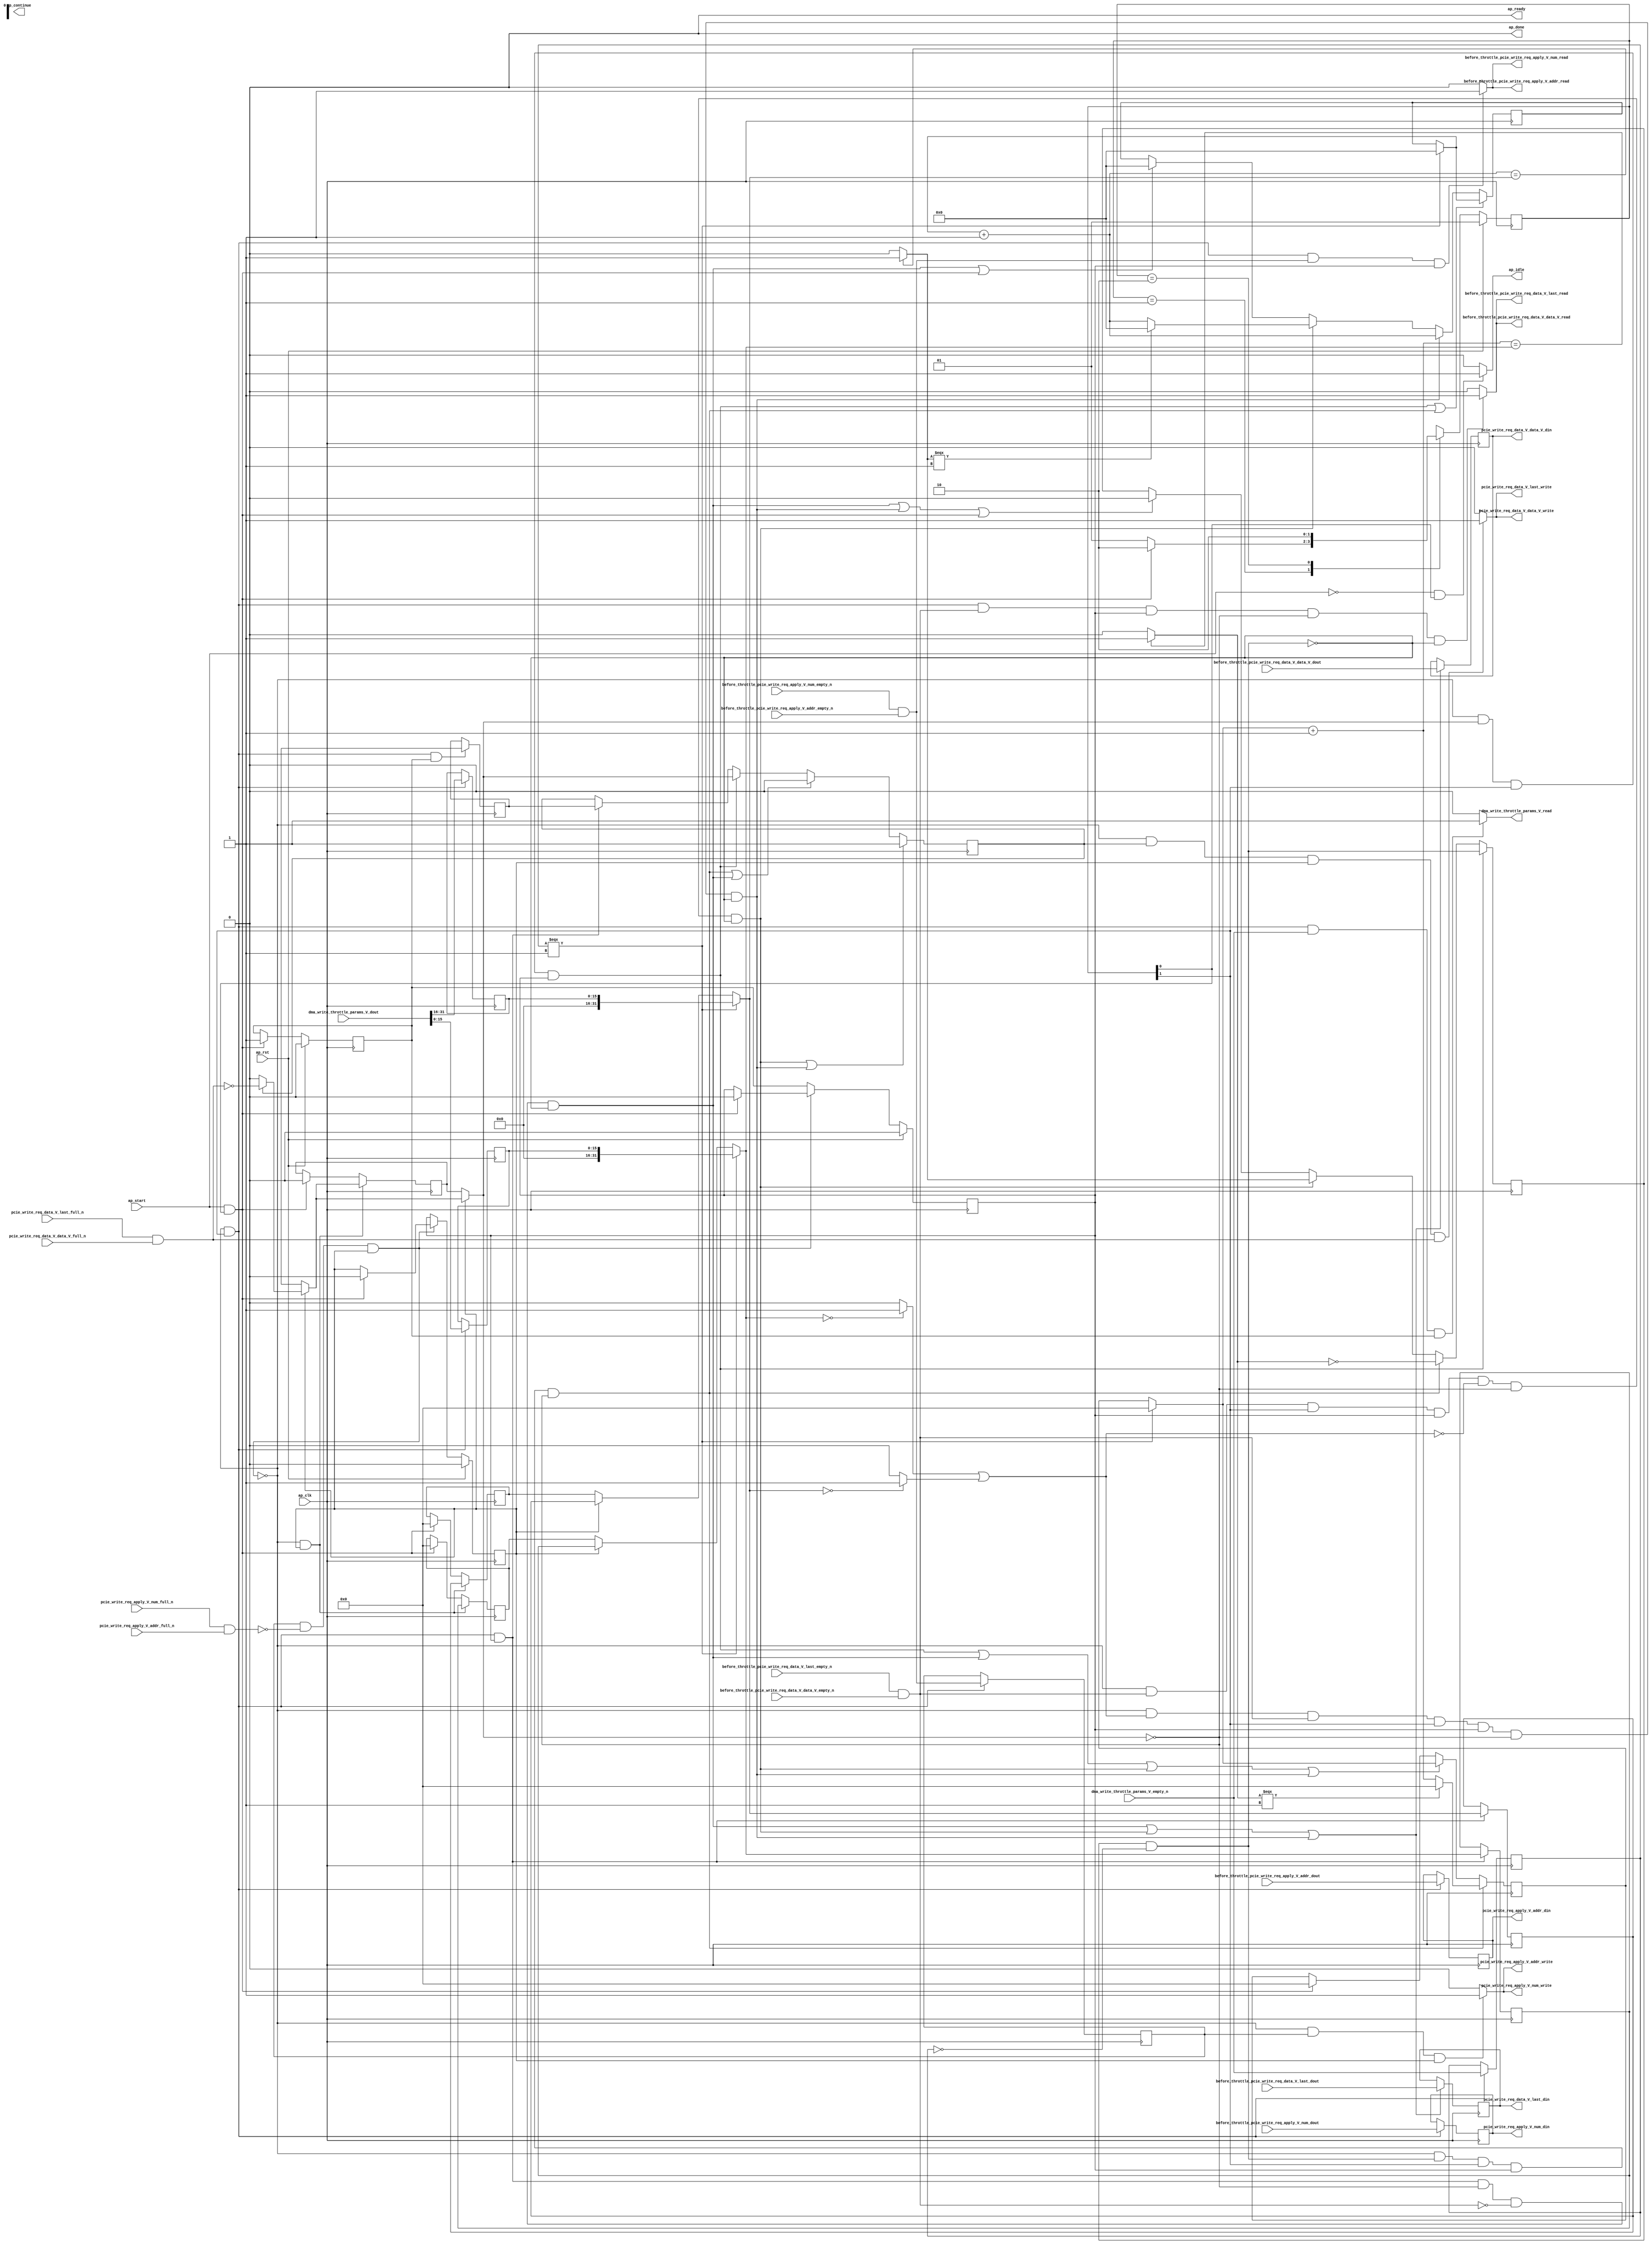
// This program was cloned from: https://github.com/zainryan/INSIDER-System
// License: MIT License

// ==============================================================
// RTL generated by Vivado(TM) HLS - High-Level Synthesis from C, C++ and SystemC
// Version: 2017.4.op
// Copyright (C) 1986-2018 Xilinx, Inc. All Rights Reserved.
// 
// ===========================================================

`timescale 1 ns / 1 ps 

(* CORE_GENERATION_INFO="pcie_write_throttle_unit,hls_ip_2017_4_op,{HLS_INPUT_TYPE=cxx,HLS_INPUT_FLOAT=0,HLS_INPUT_FIXED=0,HLS_INPUT_PART=xcvu9p-flgb2104-2-i,HLS_INPUT_CLOCK=4.000000,HLS_INPUT_ARCH=others,HLS_SYN_CLOCK=3.196250,HLS_SYN_LAT=-1,HLS_SYN_TPT=none,HLS_SYN_MEM=0,HLS_SYN_DSP=0,HLS_SYN_FF=813,HLS_SYN_LUT=635}" *)

module pcie_write_throttle_unit (
        ap_clk,
        ap_rst,
        ap_start,
        ap_done,
ap_continue,
        ap_idle,
        ap_ready,
        dma_write_throttle_params_V_dout,
        dma_write_throttle_params_V_empty_n,
        dma_write_throttle_params_V_read,
        before_throttle_pcie_write_req_data_V_last_dout,
        before_throttle_pcie_write_req_data_V_last_empty_n,
        before_throttle_pcie_write_req_data_V_last_read,
        before_throttle_pcie_write_req_data_V_data_V_dout,
        before_throttle_pcie_write_req_data_V_data_V_empty_n,
        before_throttle_pcie_write_req_data_V_data_V_read,
        before_throttle_pcie_write_req_apply_V_num_dout,
        before_throttle_pcie_write_req_apply_V_num_empty_n,
        before_throttle_pcie_write_req_apply_V_num_read,
        before_throttle_pcie_write_req_apply_V_addr_dout,
        before_throttle_pcie_write_req_apply_V_addr_empty_n,
        before_throttle_pcie_write_req_apply_V_addr_read,
        pcie_write_req_data_V_last_din,
        pcie_write_req_data_V_last_full_n,
        pcie_write_req_data_V_last_write,
        pcie_write_req_data_V_data_V_din,
        pcie_write_req_data_V_data_V_full_n,
        pcie_write_req_data_V_data_V_write,
        pcie_write_req_apply_V_num_din,
        pcie_write_req_apply_V_num_full_n,
        pcie_write_req_apply_V_num_write,
        pcie_write_req_apply_V_addr_din,
        pcie_write_req_apply_V_addr_full_n,
        pcie_write_req_apply_V_addr_write
);

parameter    ap_ST_fsm_state1 = 2'd1;
parameter    ap_ST_fsm_pp0_stage0 = 2'd2;

input   ap_clk;
input   ap_rst;
input   ap_start;
output   ap_done;
output   ap_idle;
output ap_ready; output ap_continue;
input  [31:0] dma_write_throttle_params_V_dout;
input   dma_write_throttle_params_V_empty_n;
output   dma_write_throttle_params_V_read;
input   before_throttle_pcie_write_req_data_V_last_dout;
input   before_throttle_pcie_write_req_data_V_last_empty_n;
output   before_throttle_pcie_write_req_data_V_last_read;
input  [511:0] before_throttle_pcie_write_req_data_V_data_V_dout;
input   before_throttle_pcie_write_req_data_V_data_V_empty_n;
output   before_throttle_pcie_write_req_data_V_data_V_read;
input  [7:0] before_throttle_pcie_write_req_apply_V_num_dout;
input   before_throttle_pcie_write_req_apply_V_num_empty_n;
output   before_throttle_pcie_write_req_apply_V_num_read;
input  [63:0] before_throttle_pcie_write_req_apply_V_addr_dout;
input   before_throttle_pcie_write_req_apply_V_addr_empty_n;
output   before_throttle_pcie_write_req_apply_V_addr_read;
output   pcie_write_req_data_V_last_din;
input   pcie_write_req_data_V_last_full_n;
output   pcie_write_req_data_V_last_write;
output  [511:0] pcie_write_req_data_V_data_V_din;
input   pcie_write_req_data_V_data_V_full_n;
output   pcie_write_req_data_V_data_V_write;
output  [7:0] pcie_write_req_apply_V_num_din;
input   pcie_write_req_apply_V_num_full_n;
output   pcie_write_req_apply_V_num_write;
output  [63:0] pcie_write_req_apply_V_addr_din;
input   pcie_write_req_apply_V_addr_full_n;
output   pcie_write_req_apply_V_addr_write;

reg ap_idle;
reg dma_write_throttle_params_V_read;

(* fsm_encoding = "none" *) reg   [1:0] ap_CS_fsm;
wire    ap_CS_fsm_state1;
reg    pcie_write_req_apply_V_num_blk_n;
reg    ap_enable_reg_pp0_iter2;
wire    ap_block_pp0_stage0;
reg   [0:0] empty_n_3_reg_627;
reg    pcie_write_req_apply_V_addr_blk_n;
reg   [31:0] throttle_threshold_reg_240;
reg   [31:0] throttle_cnt_reg_251;
reg   [0:0] valid_write_req_data_reg_262;
reg   [0:0] empty_n_reg_594;
wire    ap_CS_fsm_pp0_stage0;
wire    ap_block_state2_pp0_stage0_iter0;
wire    ap_block_state3_pp0_stage0_iter1;
wire    pcie_write_req_apply_V_num1_status;
reg    ap_block_state4_pp0_stage0_iter2;
reg    ap_block_pp0_stage0_11001;
wire   [15:0] throttle_cnt_2_fu_347_p1;
reg   [15:0] throttle_cnt_2_reg_603;
reg   [15:0] throttle_threshold_1_reg_608;
wire   [31:0] throttle_threshold_3_fu_384_p3;
reg   [31:0] throttle_threshold_3_reg_613;
reg    ap_enable_reg_pp0_iter1;
wire   [31:0] throttle_cnt_1_fu_391_p3;
reg   [31:0] throttle_cnt_1_reg_618;
wire   [0:0] write_req_stall_1_fu_403_p2;
reg   [7:0] tmp_num_reg_631;
reg   [63:0] tmp_addr_reg_636;
wire   [0:0] empty_n_4_fu_429_p1;
reg   [0:0] ap_phi_mux_valid_write_req_data_phi_fu_266_p4;
wire   [0:0] or_cond_fu_461_p2;
reg    ap_enable_reg_pp0_iter0;
reg    ap_block_pp0_stage0_subdone;
reg   [31:0] ap_phi_mux_throttle_threshold_phi_fu_244_p4;
reg   [31:0] ap_phi_mux_throttle_cnt_phi_fu_255_p4;
reg   [0:0] ap_phi_mux_valid_write_req_data_5_phi_fu_300_p4;
wire   [0:0] ap_phi_mux_valid_write_req_data_3_phi_fu_279_p10;
wire   [0:0] ap_phi_reg_pp0_iter0_valid_write_req_data_3_reg_274;
reg   [0:0] ap_phi_reg_pp0_iter1_valid_write_req_data_3_reg_274;
reg   [0:0] ap_phi_reg_pp0_iter2_valid_write_req_data_3_reg_274;
wire   [0:0] not_full_n_i_fu_549_p2;
wire   [0:0] ap_phi_reg_pp0_iter2_valid_write_req_data_5_reg_296;
reg    before_throttle_pcie_write_req_apply_V_num0_update;
wire   [0:0] empty_n_1_nbread_fu_204_p3_0;
reg    before_throttle_pcie_write_req_data_V_last0_update;
wire   [0:0] empty_n_2_nbread_fu_212_p3_0;
reg    pcie_write_req_apply_V_num1_update;
reg    ap_block_pp0_stage0_01001;
reg    pcie_write_req_data_V_last1_update;
wire   [0:0] full_n_nbwrite_fu_230_p5;
reg   [31:0] write_req_stall_times_fu_178;
wire   [31:0] write_req_stall_times_1_fu_409_p3;
wire   [31:0] p_s_fu_518_p3;
reg   [0:0] write_req_stall_fu_182;
wire   [0:0] tmp_2_fu_471_p2;
wire   [0:0] not_s_fu_512_p2;
reg   [24:0] write_req_contiguous_times_V_1_fu_186;
wire   [24:0] p_1_fu_477_p3;
wire   [24:0] write_req_contiguous_times_V_fu_443_p2;
wire   [24:0] p_0_1_fu_376_p3;
reg   [0:0] tmp_last_fu_190;
reg   [511:0] tmp_data_V_fu_194;
wire   [31:0] throttle_threshold_2_fu_370_p1;
wire   [31:0] throttle_cnt_2_cast_fu_373_p1;
wire   [0:0] not_empty_n_fu_398_p2;
wire   [0:0] tmp_9_fu_449_p2;
wire   [0:0] tmp_s_fu_455_p2;
wire   [31:0] tmp_1_fu_467_p1;
wire   [31:0] write_req_stall_times_2_fu_500_p2;
wire   [0:0] tmp_6_fu_506_p2;
reg   [1:0] ap_NS_fsm;
reg    ap_idle_pp0;
wire    ap_enable_pp0;

// power-on initialization
initial begin
#0 ap_CS_fsm = 2'd1;
#0 ap_enable_reg_pp0_iter2 = 1'b0;
#0 ap_enable_reg_pp0_iter1 = 1'b0;
#0 ap_enable_reg_pp0_iter0 = 1'b0;
end

always @ (posedge ap_clk) begin
    if (ap_rst == 1'b1) begin
        ap_CS_fsm <= ap_ST_fsm_state1;
    end else begin
        ap_CS_fsm <= ap_NS_fsm;
    end
end

always @ (posedge ap_clk) begin
    if (ap_rst == 1'b1) begin
        ap_enable_reg_pp0_iter0 <= 1'b0;
    end else begin
        if (((ap_start == 1'b1) & (1'b1 == ap_CS_fsm_state1))) begin
            ap_enable_reg_pp0_iter0 <= 1'b1;
        end
    end
end

always @ (posedge ap_clk) begin
    if (ap_rst == 1'b1) begin
        ap_enable_reg_pp0_iter1 <= 1'b0;
    end else begin
        if ((1'b0 == ap_block_pp0_stage0_subdone)) begin
            ap_enable_reg_pp0_iter1 <= ap_enable_reg_pp0_iter0;
        end else if (((ap_start == 1'b1) & (1'b1 == ap_CS_fsm_state1))) begin
            ap_enable_reg_pp0_iter1 <= 1'b0;
        end
    end
end

always @ (posedge ap_clk) begin
    if (ap_rst == 1'b1) begin
        ap_enable_reg_pp0_iter2 <= 1'b0;
    end else begin
        if ((1'b0 == ap_block_pp0_stage0_subdone)) begin
            ap_enable_reg_pp0_iter2 <= ap_enable_reg_pp0_iter1;
        end else if (((ap_start == 1'b1) & (1'b1 == ap_CS_fsm_state1))) begin
            ap_enable_reg_pp0_iter2 <= 1'b0;
        end
    end
end

always @ (posedge ap_clk) begin
    if ((((1'b0 == ap_block_pp0_stage0_11001) & (empty_n_4_fu_429_p1 == 1'd1) & (1'b1 == ap_CS_fsm_pp0_stage0) & (ap_enable_reg_pp0_iter1 == 1'b1) & (or_cond_fu_461_p2 == 1'd0) & (ap_phi_mux_valid_write_req_data_phi_fu_266_p4 == 1'd0) & (write_req_stall_1_fu_403_p2 == 1'd0)) | ((1'b0 == ap_block_pp0_stage0_11001) & (or_cond_fu_461_p2 == 1'd1) & (empty_n_4_fu_429_p1 == 1'd1) & (1'b1 == ap_CS_fsm_pp0_stage0) & (ap_enable_reg_pp0_iter1 == 1'b1) & (ap_phi_mux_valid_write_req_data_phi_fu_266_p4 == 1'd0) & (write_req_stall_1_fu_403_p2 == 1'd0)))) begin
        ap_phi_reg_pp0_iter2_valid_write_req_data_3_reg_274 <= 1'd1;
    end else if ((((1'b0 == ap_block_pp0_stage0_11001) & (write_req_stall_1_fu_403_p2 == 1'd1) & (1'b1 == ap_CS_fsm_pp0_stage0) & (ap_enable_reg_pp0_iter1 == 1'b1) & (ap_phi_mux_valid_write_req_data_phi_fu_266_p4 == 1'd0)) | ((1'b0 == ap_block_pp0_stage0_11001) & (1'b1 == ap_CS_fsm_pp0_stage0) & (ap_enable_reg_pp0_iter1 == 1'b1) & (ap_phi_mux_valid_write_req_data_phi_fu_266_p4 == 1'd0) & (empty_n_4_fu_429_p1 == 1'd0) & (write_req_stall_1_fu_403_p2 == 1'd0)))) begin
        ap_phi_reg_pp0_iter2_valid_write_req_data_3_reg_274 <= 1'd0;
    end else if (((1'b0 == ap_block_pp0_stage0_11001) & (ap_phi_mux_valid_write_req_data_phi_fu_266_p4 == 1'd1) & (1'b1 == ap_CS_fsm_pp0_stage0) & (ap_enable_reg_pp0_iter1 == 1'b1))) begin
        ap_phi_reg_pp0_iter2_valid_write_req_data_3_reg_274 <= ap_phi_mux_valid_write_req_data_phi_fu_266_p4;
    end else if (((1'b0 == ap_block_pp0_stage0_11001) & (1'b1 == ap_CS_fsm_pp0_stage0) & (ap_enable_reg_pp0_iter1 == 1'b1))) begin
        ap_phi_reg_pp0_iter2_valid_write_req_data_3_reg_274 <= ap_phi_reg_pp0_iter1_valid_write_req_data_3_reg_274;
    end
end

always @ (posedge ap_clk) begin
    if (((1'b0 == ap_block_pp0_stage0_11001) & (ap_enable_reg_pp0_iter2 == 1'b1))) begin
        throttle_cnt_reg_251 <= throttle_cnt_1_reg_618;
    end else if (((ap_start == 1'b1) & (1'b1 == ap_CS_fsm_state1))) begin
        throttle_cnt_reg_251 <= 32'd0;
    end
end

always @ (posedge ap_clk) begin
    if (((1'b0 == ap_block_pp0_stage0_11001) & (ap_enable_reg_pp0_iter2 == 1'b1))) begin
        throttle_threshold_reg_240 <= throttle_threshold_3_reg_613;
    end else if (((ap_start == 1'b1) & (1'b1 == ap_CS_fsm_state1))) begin
        throttle_threshold_reg_240 <= 32'd0;
    end
end

always @ (posedge ap_clk) begin
    if (((1'b0 == ap_block_pp0_stage0_11001) & (ap_enable_reg_pp0_iter2 == 1'b1))) begin
        valid_write_req_data_reg_262 <= ap_phi_mux_valid_write_req_data_5_phi_fu_300_p4;
    end else if (((ap_start == 1'b1) & (1'b1 == ap_CS_fsm_state1))) begin
        valid_write_req_data_reg_262 <= 1'd0;
    end
end

always @ (posedge ap_clk) begin
    if ((((1'b0 == ap_block_pp0_stage0_11001) & (ap_phi_mux_valid_write_req_data_phi_fu_266_p4 == 1'd1) & (1'b1 == ap_CS_fsm_pp0_stage0) & (ap_enable_reg_pp0_iter1 == 1'b1)) | ((1'b0 == ap_block_pp0_stage0_11001) & (write_req_stall_1_fu_403_p2 == 1'd1) & (1'b1 == ap_CS_fsm_pp0_stage0) & (ap_enable_reg_pp0_iter1 == 1'b1) & (ap_phi_mux_valid_write_req_data_phi_fu_266_p4 == 1'd0)))) begin
        write_req_contiguous_times_V_1_fu_186 <= p_0_1_fu_376_p3;
    end else if (((1'b0 == ap_block_pp0_stage0_11001) & (or_cond_fu_461_p2 == 1'd1) & (empty_n_4_fu_429_p1 == 1'd1) & (1'b1 == ap_CS_fsm_pp0_stage0) & (ap_enable_reg_pp0_iter1 == 1'b1) & (ap_phi_mux_valid_write_req_data_phi_fu_266_p4 == 1'd0) & (write_req_stall_1_fu_403_p2 == 1'd0))) begin
        write_req_contiguous_times_V_1_fu_186 <= write_req_contiguous_times_V_fu_443_p2;
    end else if (((1'b0 == ap_block_pp0_stage0_11001) & (empty_n_4_fu_429_p1 == 1'd1) & (1'b1 == ap_CS_fsm_pp0_stage0) & (ap_enable_reg_pp0_iter1 == 1'b1) & (or_cond_fu_461_p2 == 1'd0) & (ap_phi_mux_valid_write_req_data_phi_fu_266_p4 == 1'd0) & (write_req_stall_1_fu_403_p2 == 1'd0))) begin
        write_req_contiguous_times_V_1_fu_186 <= p_1_fu_477_p3;
    end else if ((((1'b0 == ap_block_pp0_stage0_11001) & (1'b1 == ap_CS_fsm_pp0_stage0) & (ap_enable_reg_pp0_iter1 == 1'b1) & (ap_phi_mux_valid_write_req_data_phi_fu_266_p4 == 1'd0) & (empty_n_4_fu_429_p1 == 1'd0) & (write_req_stall_1_fu_403_p2 == 1'd0)) | ((ap_start == 1'b1) & (1'b1 == ap_CS_fsm_state1)))) begin
        write_req_contiguous_times_V_1_fu_186 <= 25'd0;
    end
end

always @ (posedge ap_clk) begin
    if (((1'b0 == ap_block_pp0_stage0_11001) & (ap_phi_mux_valid_write_req_data_phi_fu_266_p4 == 1'd1) & (1'b1 == ap_CS_fsm_pp0_stage0) & (ap_enable_reg_pp0_iter1 == 1'b1))) begin
        write_req_stall_fu_182 <= write_req_stall_1_fu_403_p2;
    end else if (((1'b0 == ap_block_pp0_stage0_11001) & (write_req_stall_1_fu_403_p2 == 1'd1) & (1'b1 == ap_CS_fsm_pp0_stage0) & (ap_enable_reg_pp0_iter1 == 1'b1) & (ap_phi_mux_valid_write_req_data_phi_fu_266_p4 == 1'd0))) begin
        write_req_stall_fu_182 <= not_s_fu_512_p2;
    end else if (((1'b0 == ap_block_pp0_stage0_11001) & (empty_n_4_fu_429_p1 == 1'd1) & (1'b1 == ap_CS_fsm_pp0_stage0) & (ap_enable_reg_pp0_iter1 == 1'b1) & (or_cond_fu_461_p2 == 1'd0) & (ap_phi_mux_valid_write_req_data_phi_fu_266_p4 == 1'd0) & (write_req_stall_1_fu_403_p2 == 1'd0))) begin
        write_req_stall_fu_182 <= tmp_2_fu_471_p2;
    end else if ((((1'b0 == ap_block_pp0_stage0_11001) & (1'b1 == ap_CS_fsm_pp0_stage0) & (ap_enable_reg_pp0_iter1 == 1'b1) & (ap_phi_mux_valid_write_req_data_phi_fu_266_p4 == 1'd0) & (empty_n_4_fu_429_p1 == 1'd0) & (write_req_stall_1_fu_403_p2 == 1'd0)) | ((1'b0 == ap_block_pp0_stage0_11001) & (or_cond_fu_461_p2 == 1'd1) & (empty_n_4_fu_429_p1 == 1'd1) & (1'b1 == ap_CS_fsm_pp0_stage0) & (ap_enable_reg_pp0_iter1 == 1'b1) & (ap_phi_mux_valid_write_req_data_phi_fu_266_p4 == 1'd0) & (write_req_stall_1_fu_403_p2 == 1'd0)) | ((ap_start == 1'b1) & (1'b1 == ap_CS_fsm_state1)))) begin
        write_req_stall_fu_182 <= 1'd0;
    end
end

always @ (posedge ap_clk) begin
    if (((1'b0 == ap_block_pp0_stage0_11001) & (write_req_stall_1_fu_403_p2 == 1'd1) & (1'b1 == ap_CS_fsm_pp0_stage0) & (ap_enable_reg_pp0_iter1 == 1'b1) & (ap_phi_mux_valid_write_req_data_phi_fu_266_p4 == 1'd0))) begin
        write_req_stall_times_fu_178 <= p_s_fu_518_p3;
    end else if ((((1'b0 == ap_block_pp0_stage0_11001) & (ap_phi_mux_valid_write_req_data_phi_fu_266_p4 == 1'd1) & (1'b1 == ap_CS_fsm_pp0_stage0) & (ap_enable_reg_pp0_iter1 == 1'b1)) | ((1'b0 == ap_block_pp0_stage0_11001) & (1'b1 == ap_CS_fsm_pp0_stage0) & (ap_enable_reg_pp0_iter1 == 1'b1) & (ap_phi_mux_valid_write_req_data_phi_fu_266_p4 == 1'd0) & (empty_n_4_fu_429_p1 == 1'd0) & (write_req_stall_1_fu_403_p2 == 1'd0)) | ((1'b0 == ap_block_pp0_stage0_11001) & (empty_n_4_fu_429_p1 == 1'd1) & (1'b1 == ap_CS_fsm_pp0_stage0) & (ap_enable_reg_pp0_iter1 == 1'b1) & (or_cond_fu_461_p2 == 1'd0) & (ap_phi_mux_valid_write_req_data_phi_fu_266_p4 == 1'd0) & (write_req_stall_1_fu_403_p2 == 1'd0)) | ((1'b0 == ap_block_pp0_stage0_11001) & (or_cond_fu_461_p2 == 1'd1) & (empty_n_4_fu_429_p1 == 1'd1) & (1'b1 == ap_CS_fsm_pp0_stage0) & (ap_enable_reg_pp0_iter1 == 1'b1) & (ap_phi_mux_valid_write_req_data_phi_fu_266_p4 == 1'd0) & (write_req_stall_1_fu_403_p2 == 1'd0)))) begin
        write_req_stall_times_fu_178 <= write_req_stall_times_1_fu_409_p3;
    end else if (((ap_start == 1'b1) & (1'b1 == ap_CS_fsm_state1))) begin
        write_req_stall_times_fu_178 <= 32'd0;
    end
end

always @ (posedge ap_clk) begin
    if (((1'b0 == ap_block_pp0_stage0_11001) & (1'b1 == ap_CS_fsm_pp0_stage0) & (ap_enable_reg_pp0_iter0 == 1'b1))) begin
        ap_phi_reg_pp0_iter1_valid_write_req_data_3_reg_274 <= ap_phi_reg_pp0_iter0_valid_write_req_data_3_reg_274;
    end
end

always @ (posedge ap_clk) begin
    if (((1'b0 == ap_block_pp0_stage0_11001) & (1'b1 == ap_CS_fsm_pp0_stage0))) begin
        empty_n_3_reg_627 <= empty_n_1_nbread_fu_204_p3_0;
        empty_n_reg_594 <= dma_write_throttle_params_V_empty_n;
        throttle_cnt_2_reg_603 <= throttle_cnt_2_fu_347_p1;
        throttle_threshold_1_reg_608 <= {{dma_write_throttle_params_V_dout[31:16]}};
        tmp_addr_reg_636 <= before_throttle_pcie_write_req_apply_V_addr_dout;
        tmp_num_reg_631 <= before_throttle_pcie_write_req_apply_V_num_dout;
    end
end

always @ (posedge ap_clk) begin
    if (((1'b0 == ap_block_pp0_stage0_11001) & (1'b1 == ap_CS_fsm_pp0_stage0) & (ap_enable_reg_pp0_iter1 == 1'b1))) begin
        throttle_cnt_1_reg_618 <= throttle_cnt_1_fu_391_p3;
        throttle_threshold_3_reg_613 <= throttle_threshold_3_fu_384_p3;
    end
end

always @ (posedge ap_clk) begin
    if ((((1'b0 == ap_block_pp0_stage0_11001) & (1'b1 == ap_CS_fsm_pp0_stage0) & (ap_enable_reg_pp0_iter1 == 1'b1) & (ap_phi_mux_valid_write_req_data_phi_fu_266_p4 == 1'd0) & (empty_n_4_fu_429_p1 == 1'd0) & (write_req_stall_1_fu_403_p2 == 1'd0)) | ((1'b0 == ap_block_pp0_stage0_11001) & (empty_n_4_fu_429_p1 == 1'd1) & (1'b1 == ap_CS_fsm_pp0_stage0) & (ap_enable_reg_pp0_iter1 == 1'b1) & (or_cond_fu_461_p2 == 1'd0) & (ap_phi_mux_valid_write_req_data_phi_fu_266_p4 == 1'd0) & (write_req_stall_1_fu_403_p2 == 1'd0)) | ((1'b0 == ap_block_pp0_stage0_11001) & (or_cond_fu_461_p2 == 1'd1) & (empty_n_4_fu_429_p1 == 1'd1) & (1'b1 == ap_CS_fsm_pp0_stage0) & (ap_enable_reg_pp0_iter1 == 1'b1) & (ap_phi_mux_valid_write_req_data_phi_fu_266_p4 == 1'd0) & (write_req_stall_1_fu_403_p2 == 1'd0)))) begin
        tmp_data_V_fu_194 <= before_throttle_pcie_write_req_data_V_data_V_dout;
        tmp_last_fu_190 <= before_throttle_pcie_write_req_data_V_last_dout;
    end
end

always @ (*) begin
    if (((ap_start == 1'b0) & (1'b1 == ap_CS_fsm_state1))) begin
        ap_idle = 1'b1;
    end else begin
        ap_idle = 1'b0;
    end
end

always @ (*) begin
    if (((ap_enable_reg_pp0_iter2 == 1'b0) & (ap_enable_reg_pp0_iter0 == 1'b0) & (ap_enable_reg_pp0_iter1 == 1'b0))) begin
        ap_idle_pp0 = 1'b1;
    end else begin
        ap_idle_pp0 = 1'b0;
    end
end

always @ (*) begin
    if (((1'b0 == ap_block_pp0_stage0) & (ap_enable_reg_pp0_iter2 == 1'b1))) begin
        ap_phi_mux_throttle_cnt_phi_fu_255_p4 = throttle_cnt_1_reg_618;
    end else begin
        ap_phi_mux_throttle_cnt_phi_fu_255_p4 = throttle_cnt_reg_251;
    end
end

always @ (*) begin
    if (((1'b0 == ap_block_pp0_stage0) & (ap_enable_reg_pp0_iter2 == 1'b1))) begin
        ap_phi_mux_throttle_threshold_phi_fu_244_p4 = throttle_threshold_3_reg_613;
    end else begin
        ap_phi_mux_throttle_threshold_phi_fu_244_p4 = throttle_threshold_reg_240;
    end
end

always @ (*) begin
    if (((1'b0 == ap_block_pp0_stage0) & (ap_enable_reg_pp0_iter2 == 1'b1))) begin
        if ((ap_phi_mux_valid_write_req_data_3_phi_fu_279_p10 == 1'd0)) begin
            ap_phi_mux_valid_write_req_data_5_phi_fu_300_p4 = ap_phi_reg_pp0_iter2_valid_write_req_data_3_reg_274;
        end else if ((ap_phi_mux_valid_write_req_data_3_phi_fu_279_p10 == 1'd1)) begin
            ap_phi_mux_valid_write_req_data_5_phi_fu_300_p4 = not_full_n_i_fu_549_p2;
        end else begin
            ap_phi_mux_valid_write_req_data_5_phi_fu_300_p4 = ap_phi_reg_pp0_iter2_valid_write_req_data_5_reg_296;
        end
    end else begin
        ap_phi_mux_valid_write_req_data_5_phi_fu_300_p4 = ap_phi_reg_pp0_iter2_valid_write_req_data_5_reg_296;
    end
end

always @ (*) begin
    if (((1'b0 == ap_block_pp0_stage0) & (ap_enable_reg_pp0_iter2 == 1'b1))) begin
        ap_phi_mux_valid_write_req_data_phi_fu_266_p4 = ap_phi_mux_valid_write_req_data_5_phi_fu_300_p4;
    end else begin
        ap_phi_mux_valid_write_req_data_phi_fu_266_p4 = valid_write_req_data_reg_262;
    end
end

always @ (*) begin
    if (((1'b0 == ap_block_pp0_stage0_11001) & (1'b1 == ap_CS_fsm_pp0_stage0) & ((before_throttle_pcie_write_req_apply_V_num_empty_n & before_throttle_pcie_write_req_apply_V_addr_empty_n) == 1'b1) & (ap_enable_reg_pp0_iter1 == 1'b1))) begin
        before_throttle_pcie_write_req_apply_V_num0_update = 1'b1;
    end else begin
        before_throttle_pcie_write_req_apply_V_num0_update = 1'b0;
    end
end

always @ (*) begin
    if (((1'b0 == ap_block_pp0_stage0_11001) & (1'b1 == ap_CS_fsm_pp0_stage0) & ((before_throttle_pcie_write_req_data_V_last_empty_n & before_throttle_pcie_write_req_data_V_data_V_empty_n) == 1'b1) & (ap_enable_reg_pp0_iter1 == 1'b1) & (ap_phi_mux_valid_write_req_data_phi_fu_266_p4 == 1'd0) & (write_req_stall_1_fu_403_p2 == 1'd0))) begin
        before_throttle_pcie_write_req_data_V_last0_update = 1'b1;
    end else begin
        before_throttle_pcie_write_req_data_V_last0_update = 1'b0;
    end
end

always @ (*) begin
    if (((1'b0 == ap_block_pp0_stage0_11001) & (1'b1 == ap_CS_fsm_pp0_stage0) & (dma_write_throttle_params_V_empty_n == 1'b1) & (ap_enable_reg_pp0_iter0 == 1'b1))) begin
        dma_write_throttle_params_V_read = 1'b1;
    end else begin
        dma_write_throttle_params_V_read = 1'b0;
    end
end

always @ (*) begin
    if (((empty_n_3_reg_627 == 1'd1) & (1'b0 == ap_block_pp0_stage0) & (ap_enable_reg_pp0_iter2 == 1'b1))) begin
        pcie_write_req_apply_V_addr_blk_n = pcie_write_req_apply_V_addr_full_n;
    end else begin
        pcie_write_req_apply_V_addr_blk_n = 1'b1;
    end
end

always @ (*) begin
    if (((1'b0 == ap_block_pp0_stage0_11001) & (empty_n_3_reg_627 == 1'd1) & (ap_enable_reg_pp0_iter2 == 1'b1))) begin
        pcie_write_req_apply_V_num1_update = 1'b1;
    end else begin
        pcie_write_req_apply_V_num1_update = 1'b0;
    end
end

always @ (*) begin
    if (((empty_n_3_reg_627 == 1'd1) & (1'b0 == ap_block_pp0_stage0) & (ap_enable_reg_pp0_iter2 == 1'b1))) begin
        pcie_write_req_apply_V_num_blk_n = pcie_write_req_apply_V_num_full_n;
    end else begin
        pcie_write_req_apply_V_num_blk_n = 1'b1;
    end
end

always @ (*) begin
    if (((1'b0 == ap_block_pp0_stage0_11001) & (ap_phi_mux_valid_write_req_data_3_phi_fu_279_p10 == 1'd1) & (ap_enable_reg_pp0_iter2 == 1'b1) & ((pcie_write_req_data_V_last_full_n & pcie_write_req_data_V_data_V_full_n) == 1'b1))) begin
        pcie_write_req_data_V_last1_update = 1'b1;
    end else begin
        pcie_write_req_data_V_last1_update = 1'b0;
    end
end

always @ (*) begin
    case (ap_CS_fsm)
        ap_ST_fsm_state1 : begin
            if (((ap_start == 1'b1) & (1'b1 == ap_CS_fsm_state1))) begin
                ap_NS_fsm = ap_ST_fsm_pp0_stage0;
            end else begin
                ap_NS_fsm = ap_ST_fsm_state1;
            end
        end
        ap_ST_fsm_pp0_stage0 : begin
            ap_NS_fsm = ap_ST_fsm_pp0_stage0;
        end
        default : begin
            ap_NS_fsm = 'bx;
        end
    endcase
end

assign ap_CS_fsm_pp0_stage0 = ap_CS_fsm[32'd1];

assign ap_CS_fsm_state1 = ap_CS_fsm[32'd0];

assign ap_block_pp0_stage0 = ~(1'b1 == 1'b1);

always @ (*) begin
    ap_block_pp0_stage0_01001 = ((empty_n_3_reg_627 == 1'd1) & (pcie_write_req_apply_V_num1_status == 1'b0) & (ap_enable_reg_pp0_iter2 == 1'b1));
end

always @ (*) begin
    ap_block_pp0_stage0_11001 = ((empty_n_3_reg_627 == 1'd1) & (pcie_write_req_apply_V_num1_status == 1'b0) & (ap_enable_reg_pp0_iter2 == 1'b1));
end

always @ (*) begin
    ap_block_pp0_stage0_subdone = ((empty_n_3_reg_627 == 1'd1) & (pcie_write_req_apply_V_num1_status == 1'b0) & (ap_enable_reg_pp0_iter2 == 1'b1));
end

assign ap_block_state2_pp0_stage0_iter0 = ~(1'b1 == 1'b1);

assign ap_block_state3_pp0_stage0_iter1 = ~(1'b1 == 1'b1);

always @ (*) begin
    ap_block_state4_pp0_stage0_iter2 = ((empty_n_3_reg_627 == 1'd1) & (pcie_write_req_apply_V_num1_status == 1'b0));
end

assign ap_done = 1'b0;

assign ap_enable_pp0 = (ap_idle_pp0 ^ 1'b1);

assign ap_phi_mux_valid_write_req_data_3_phi_fu_279_p10 = ap_phi_reg_pp0_iter2_valid_write_req_data_3_reg_274;

assign ap_phi_reg_pp0_iter0_valid_write_req_data_3_reg_274 = 'bx;

assign ap_phi_reg_pp0_iter2_valid_write_req_data_5_reg_296 = 'bx;

assign ap_ready = 1'b0;

assign before_throttle_pcie_write_req_apply_V_addr_read = before_throttle_pcie_write_req_apply_V_num0_update;

assign before_throttle_pcie_write_req_apply_V_num_read = before_throttle_pcie_write_req_apply_V_num0_update;

assign before_throttle_pcie_write_req_data_V_data_V_read = before_throttle_pcie_write_req_data_V_last0_update;

assign before_throttle_pcie_write_req_data_V_last_read = before_throttle_pcie_write_req_data_V_last0_update;

assign empty_n_1_nbread_fu_204_p3_0 = (before_throttle_pcie_write_req_apply_V_num_empty_n & before_throttle_pcie_write_req_apply_V_addr_empty_n);

assign empty_n_2_nbread_fu_212_p3_0 = (before_throttle_pcie_write_req_data_V_last_empty_n & before_throttle_pcie_write_req_data_V_data_V_empty_n);

assign empty_n_4_fu_429_p1 = empty_n_2_nbread_fu_212_p3_0;

assign full_n_nbwrite_fu_230_p5 = (pcie_write_req_data_V_last_full_n & pcie_write_req_data_V_data_V_full_n);

assign not_empty_n_fu_398_p2 = (empty_n_reg_594 ^ 1'd1);

assign not_full_n_i_fu_549_p2 = (full_n_nbwrite_fu_230_p5 ^ 1'd1);

assign not_s_fu_512_p2 = (tmp_6_fu_506_p2 ^ 1'd1);

assign or_cond_fu_461_p2 = (tmp_s_fu_455_p2 | tmp_9_fu_449_p2);

assign p_0_1_fu_376_p3 = ((empty_n_reg_594[0:0] === 1'b1) ? 25'd0 : write_req_contiguous_times_V_1_fu_186);

assign p_1_fu_477_p3 = ((tmp_2_fu_471_p2[0:0] === 1'b1) ? 25'd0 : write_req_contiguous_times_V_fu_443_p2);

assign p_s_fu_518_p3 = ((tmp_6_fu_506_p2[0:0] === 1'b1) ? 32'd0 : write_req_stall_times_2_fu_500_p2);

assign pcie_write_req_apply_V_addr_din = tmp_addr_reg_636;

assign pcie_write_req_apply_V_addr_write = pcie_write_req_apply_V_num1_update;

assign pcie_write_req_apply_V_num1_status = (pcie_write_req_apply_V_num_full_n & pcie_write_req_apply_V_addr_full_n);

assign pcie_write_req_apply_V_num_din = tmp_num_reg_631;

assign pcie_write_req_apply_V_num_write = pcie_write_req_apply_V_num1_update;

assign pcie_write_req_data_V_data_V_din = tmp_data_V_fu_194;

assign pcie_write_req_data_V_data_V_write = pcie_write_req_data_V_last1_update;

assign pcie_write_req_data_V_last_din = tmp_last_fu_190;

assign pcie_write_req_data_V_last_write = pcie_write_req_data_V_last1_update;

assign throttle_cnt_1_fu_391_p3 = ((empty_n_reg_594[0:0] === 1'b1) ? throttle_cnt_2_cast_fu_373_p1 : ap_phi_mux_throttle_cnt_phi_fu_255_p4);

assign throttle_cnt_2_cast_fu_373_p1 = throttle_cnt_2_reg_603;

assign throttle_cnt_2_fu_347_p1 = dma_write_throttle_params_V_dout[15:0];

assign throttle_threshold_2_fu_370_p1 = throttle_threshold_1_reg_608;

assign throttle_threshold_3_fu_384_p3 = ((empty_n_reg_594[0:0] === 1'b1) ? throttle_threshold_2_fu_370_p1 : ap_phi_mux_throttle_threshold_phi_fu_244_p4);

assign tmp_1_fu_467_p1 = write_req_contiguous_times_V_fu_443_p2;

assign tmp_2_fu_471_p2 = ((tmp_1_fu_467_p1 == throttle_threshold_3_fu_384_p3) ? 1'b1 : 1'b0);

assign tmp_6_fu_506_p2 = ((write_req_stall_times_2_fu_500_p2 == throttle_cnt_1_fu_391_p3) ? 1'b1 : 1'b0);

assign tmp_9_fu_449_p2 = ((throttle_threshold_3_fu_384_p3 == 32'd0) ? 1'b1 : 1'b0);

assign tmp_s_fu_455_p2 = ((throttle_cnt_1_fu_391_p3 == 32'd0) ? 1'b1 : 1'b0);

assign write_req_contiguous_times_V_fu_443_p2 = (p_0_1_fu_376_p3 + 25'd1);

assign write_req_stall_1_fu_403_p2 = (write_req_stall_fu_182 & not_empty_n_fu_398_p2);

assign write_req_stall_times_1_fu_409_p3 = ((empty_n_reg_594[0:0] === 1'b1) ? 32'd0 : write_req_stall_times_fu_178);

assign write_req_stall_times_2_fu_500_p2 = (write_req_stall_times_1_fu_409_p3 + 32'd1);

endmodule //pcie_write_throttle_unit